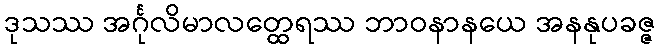
ဒုသဿ အင်္ဂုလိမာလတ္ထေရဿ ဘာဝနာနယေ အနနုပခဇ္ဇ